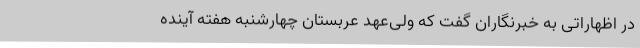
در اظهاراتی به خبرنگاران گفت که ولی‌عهد عربستان چهارشنبه هفته آینده